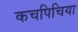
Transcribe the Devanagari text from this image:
कचपिचिया